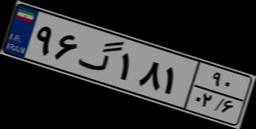
۸۹گ۳۱۹۸۱